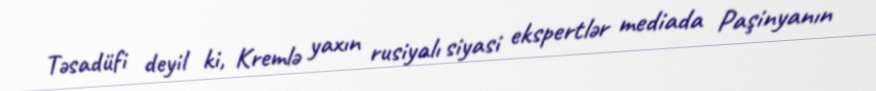
Təsadüfi deyil ki, Kremlə yaxın rusiyalı siyasi ekspertlər mediada Paşinyanın